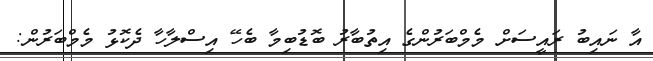
އާ ނައިބު ރައީސަށް މެމްބަރުންގެ އިތުބާރު ބޮޑުބިމާ ބެހޭ އިސްލާހާ ދެކޮޅު މެމްބަރުން: